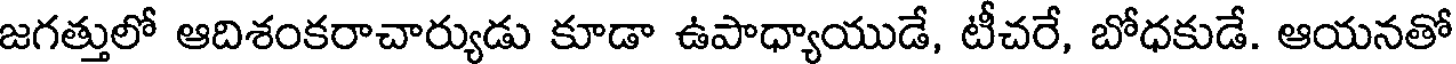
జగత్తులో ఆదిశంకరాచార్యుడు కూడా ఉపాధ్యాయుడే, టీచరే, బోధకుడే. ఆయనతో